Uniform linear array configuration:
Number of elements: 48
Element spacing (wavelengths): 0.5
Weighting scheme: blackman
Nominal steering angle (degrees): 60
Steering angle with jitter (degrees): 61.713
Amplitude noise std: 0.05
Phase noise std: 0.05

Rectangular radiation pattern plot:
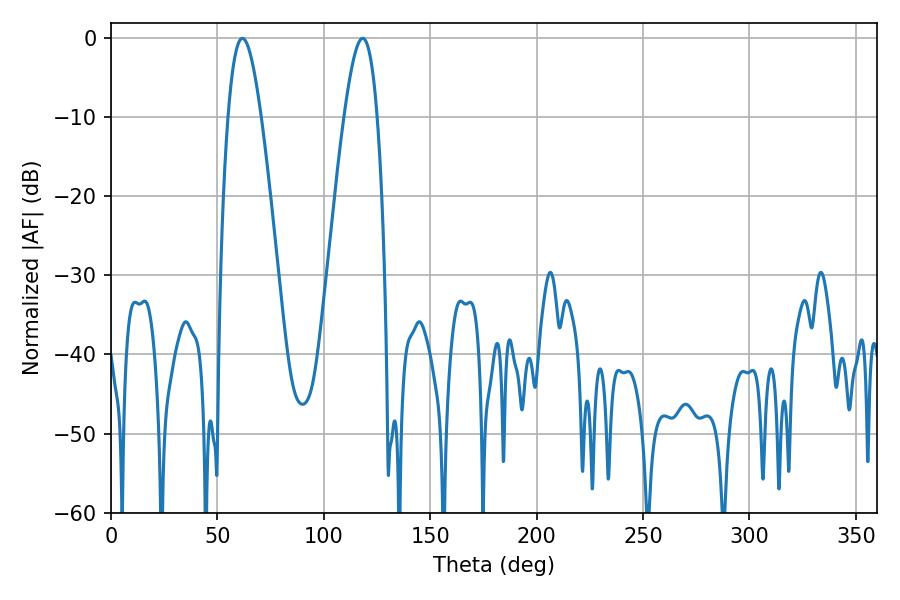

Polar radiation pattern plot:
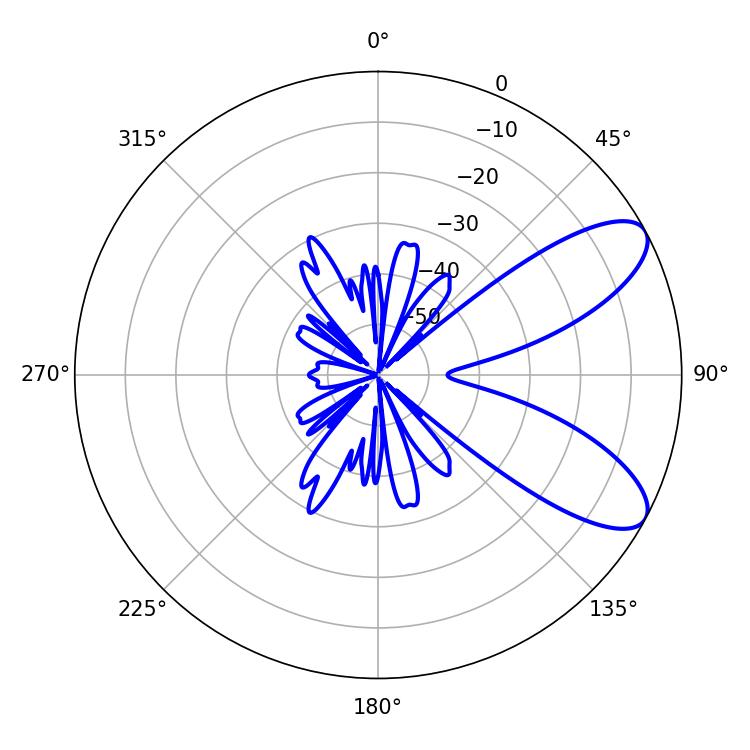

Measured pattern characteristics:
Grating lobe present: FALSE
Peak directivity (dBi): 8.501
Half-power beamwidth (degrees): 8.46
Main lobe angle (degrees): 61.74